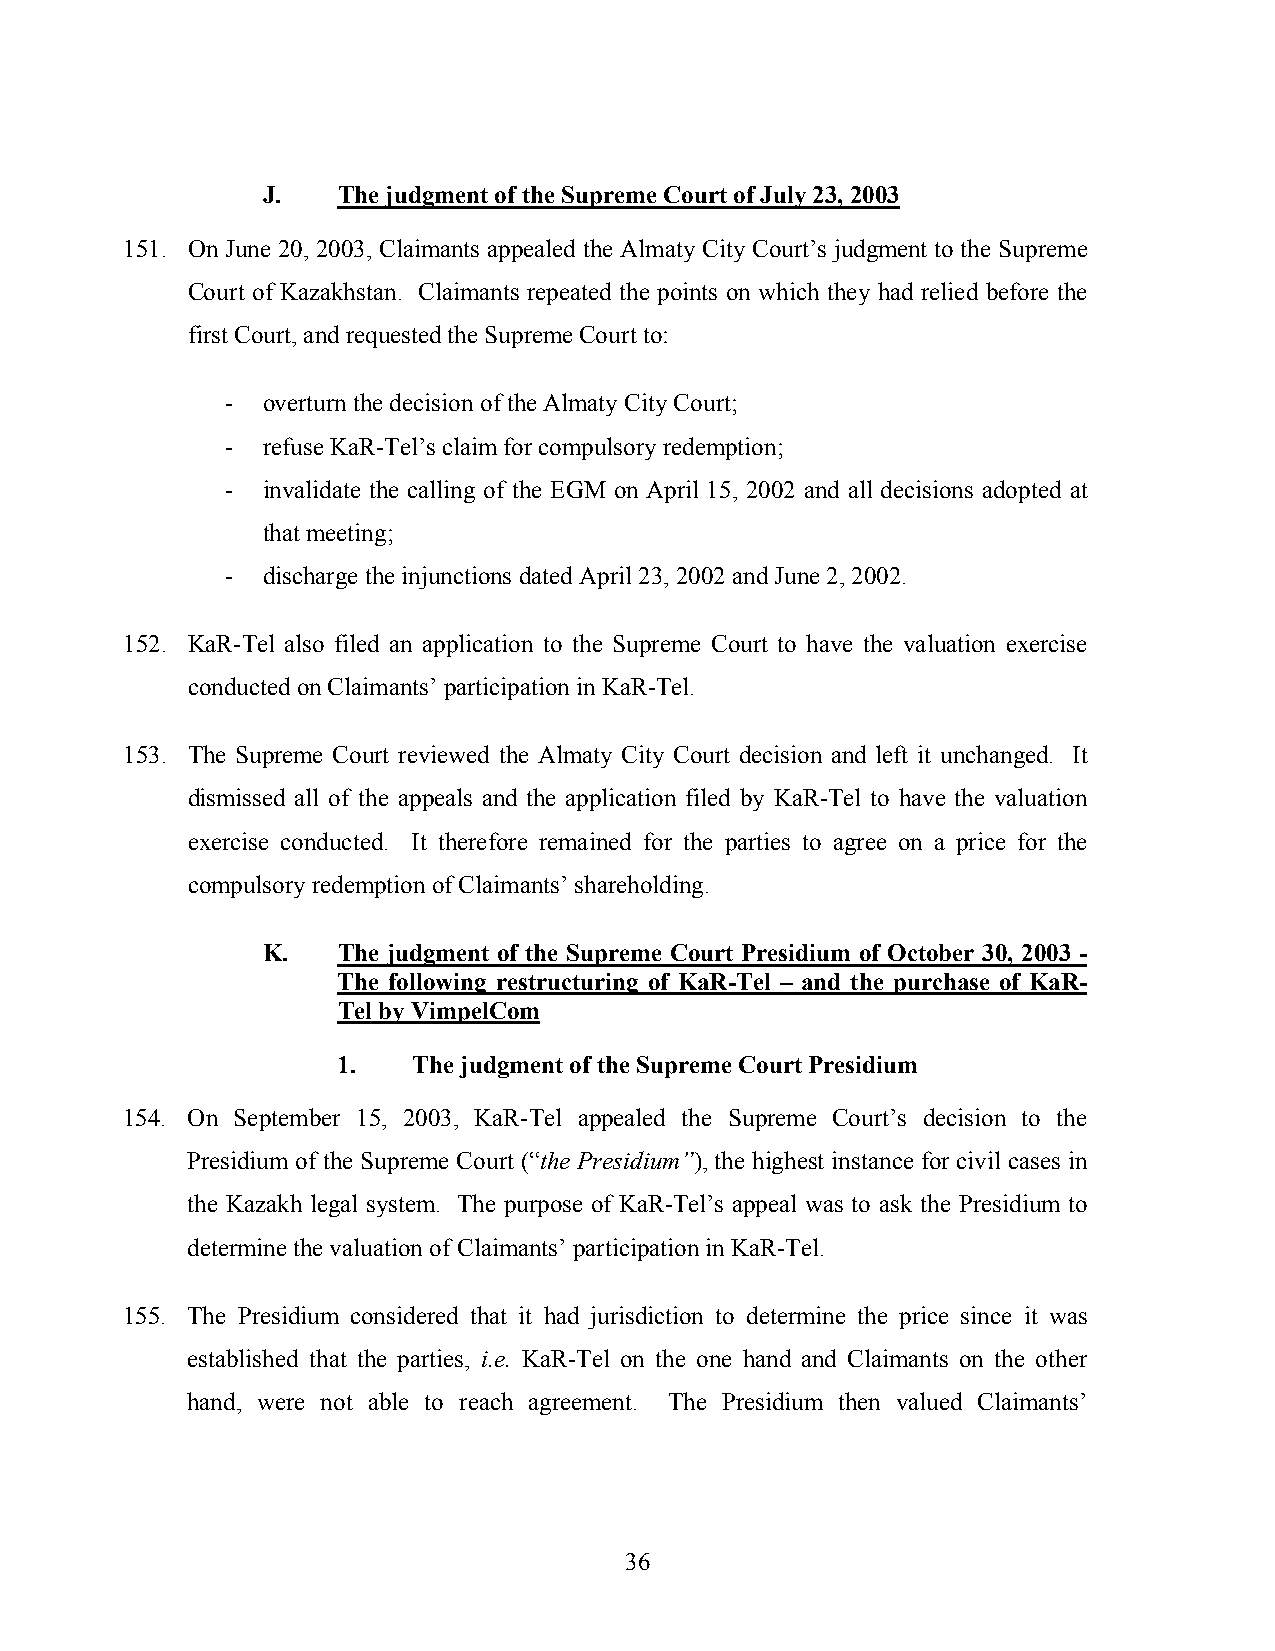
J.   The judgment of the Supreme Court of July 23, 2003
 151. On June 20, 2003, Claimants appealed the Almaty City Court’s judgment to the Supreme
 Court of Kazakhstan. Claimants repeated the points on which they had relied before the
 first Court, and requested the Supreme Court to:
 - overturn the decision of the Almaty City Court;
 - refuse KaR-Tel’s claim for compulsory redemption;
 - invalidate the calling of the EGM on April 15, 2002 and all decisions adopted at
 that meeting;
 - discharge the injunctions dated April 23, 2002 and June 2, 2002.
 152. KaR-Tel also filed an application to the Supreme Court to have the valuation exercise
 conducted on Claimants’ participation in KaR-Tel.
 153. The Supreme Court reviewed the Almaty City Court decision and left it unchanged. It
 dismissed all of the appeals and the application filed by KaR-Tel to have the valuation
 exercise conducted. It therefore remained for the parties to agree on a price for the
 compulsory redemption of Claimants’ shareholding.
 K.   The judgment of the Supreme Court Presidium of October 30, 2003 -
 The following restructuring of KaR-Tel – and the purchase of KaR-
 Tel by VimpelCom
 1.   The judgment of the Supreme Court Presidium
 154. On September 15, 2003, KaR-Tel appealed the Supreme Court’s decision to the
 Presidium of the Supreme Court (“the Presidium”), the highest instance for civil cases in
 the Kazakh legal system. The purpose of KaR-Tel’s appeal was to ask the Presidium to
 determine the valuation of Claimants’ participation in KaR-Tel.
 155. The Presidium considered that it had jurisdiction to determine the price since it was
 established that the parties, i.e. KaR-Tel on the one hand and Claimants on the other
 hand, were not able to reach agreement. The Presidium then valued Claimants’
 36